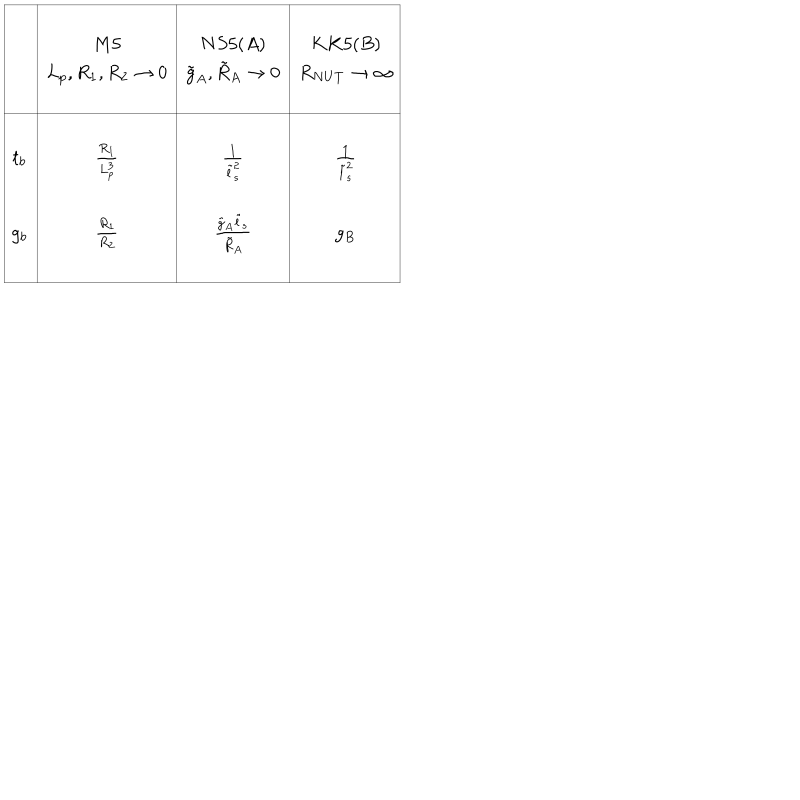
LaTeX: \begin{array} { | c | c | c | c | } \hline { { } } & { { } } & { { } } & { { } } \\ { { } } & { { M 5 } } & { { N S 5 ( A ) } } & { { K K 5 ( B ) } } \\ { { } } & { { L _ { p } , R _ { 1 } , R _ { 2 } \rightarrow 0 } } & { { \tilde { g } _ { A } , \tilde { R } _ { A } \rightarrow 0 } } & { { R _ { N U T } \rightarrow \infty } } \\ { { } } & { { } } & { { } } & { { } } \\ \hline { { } } & { { } } & { { } } & { { } } \\ { { t _ { b } } } & { { { \frac { R _ { 1 } } { L _ { p } ^ { 3 } } } } } & { { { \frac { 1 } { \tilde { l } _ { s } ^ { 2 } } } } } & { { { \frac { 1 } { { \tilde { l } } _ { s } ^ { 2 } } } } } \\ { { } } & { { } } & { { } } & { { } } \\ { { g _ { b } } } & { { { \frac { R _ { 1 } } { R _ { 2 } } } } } & { { { \frac { \tilde { g } _ { A } \tilde { l } _ { s } } { \tilde { R } _ { A } } } } } & { { g _ { B } } } \\ { { } } & { { } } & { { } } & { { } } \\ \hline { { } } \\ \end{array}